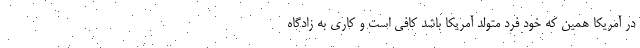
در آمریکا همین که خود فرد متولد آمریکا باشد کافی است و کاری به زادگاه